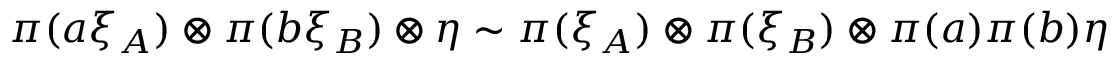
\pi ( a \xi _ { \cal A } ) \otimes \pi ( b \xi _ { \cal B } ) \otimes \eta \sim \pi ( \xi _ { \cal A } ) \otimes \pi ( \xi _ { \cal B } ) \otimes \pi ( a ) \pi ( b ) \eta